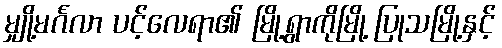
မျှို့မင်္ဂလာ ပင့်လေရာ၏ မြို့ရွာကိုမြို့ ပြုသမြို့နှင့်